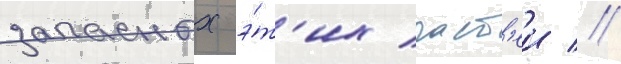
запасных э́т'их част'еи //